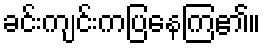
ခင်းကျင်းကပြနေကြ၏။